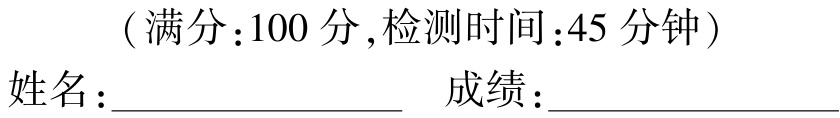
（满分：100 分,检测时间：45 分钟）

姓名：____________________  成绩：____________________